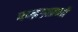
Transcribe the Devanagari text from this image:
चन्द्रग्रहणों